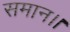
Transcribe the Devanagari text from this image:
समान।।